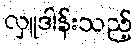
လှူဒါန်းသည့်